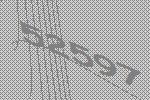
52597